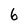
Character: 6